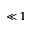
\ll 1